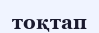
тоқтап